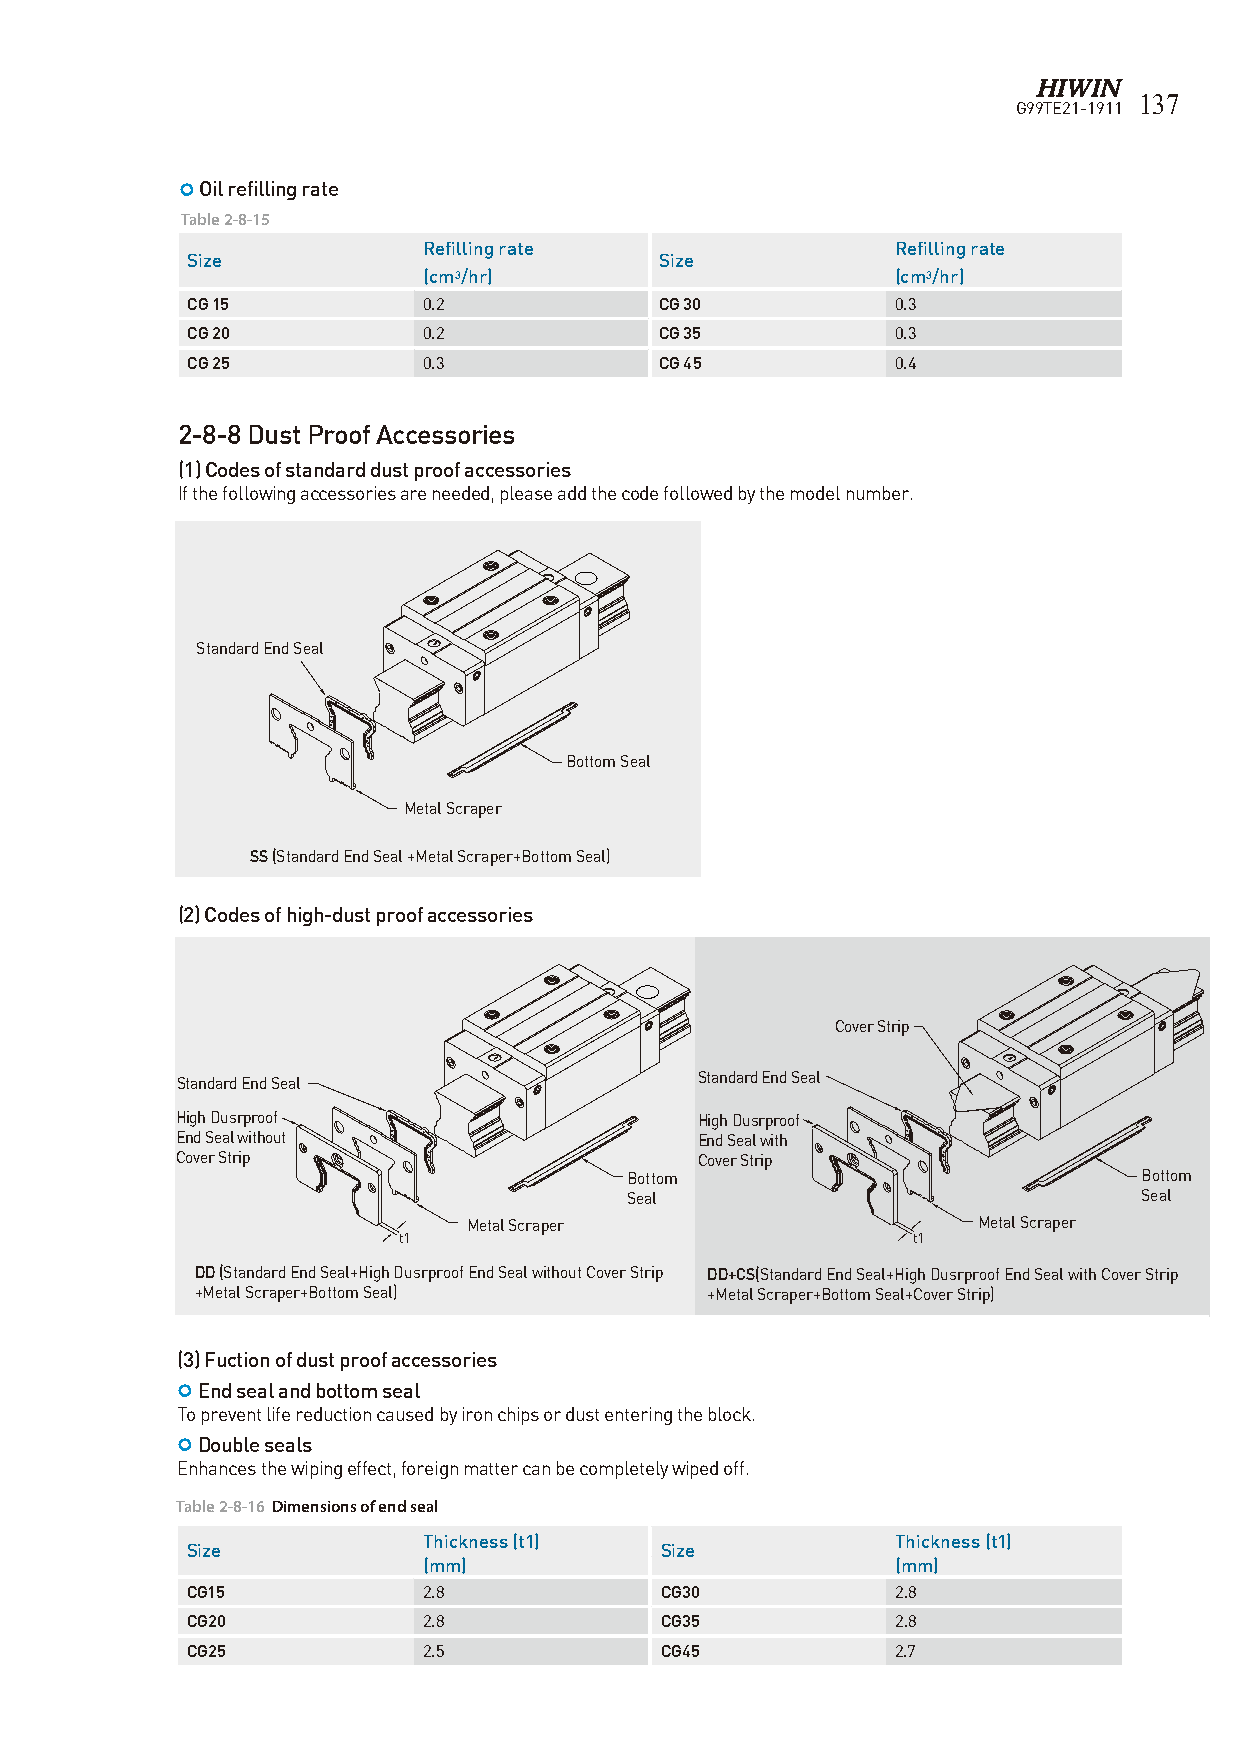
137
 G99TE21-1911
  Oil refilling rate
 Table 2-8-15
 Refilling rate                 Refilling rate
 Size                            Size
 (cm3/hr)                       (cm3/hr)
 CG 15           0.2             CG 30          0.3
 CG 20           0.2             CG 35          0.3
 CG 25           0.3             CG 45          0.4
 2-8-8 Dust Proof Accessories
 (1) Codes of standard dust proof accessories
 If the following accessories are needed, please add the code followed by the model number.
 Standard End Seal
 Bottom Seal
 Metal Scraper
 t1
 SS (Standard End Seal +Metal Scraper+Bottom Seal)
 t1
 (2) Codes of high-dust proof accessories
 Cover Strip
 Standard End Seal
 Standard End Seal
 High Dusrproof                    High Dusrproof
 End Seal without                  End Seal with
 Cover Strip                       Cover Strip
 Bottom                             Bottom
 t1 Seal                              Seal
 Metal Scraper                     Metal Scraper
 t1                                t1
 DD (Standard End Seal+High Dusrproof End Seal without Cover Strip DD+CS(Standard End Seal+High Dusrproof End Seal with Cover Strip
 +Metal Scraper+Bottom Seal)       +Metal Scraper+Bottom Seal+Cover Strip)
 (3) Fuction of dust proof accessories
  End seal and bottom seal
 To prevent life reduction caused by iron chips or dust entering the block.
  Double seals
 Enhances the wiping effect, foreign matter can be completely wiped off.
 Table 2-8-16 Dimensions of end seal
 Thickness (t1)                 Thickness (t1)
 Size                            Size
 (mm)                           (mm)
 CG15            2.8             CG30           2.8
 t1 CG20          2.8             CG35           2.8
 CG25            2.5             CG45           2.7